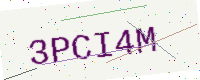
Text: 3PCI4M